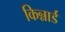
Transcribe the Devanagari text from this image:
किन्नार्ड